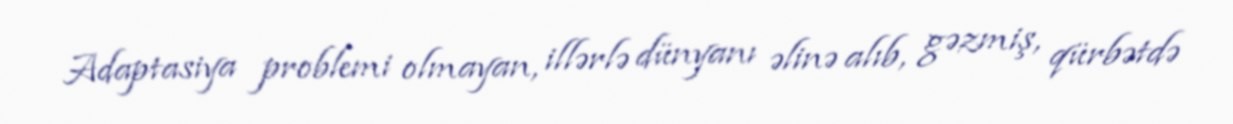
Adaptasiya problemi olmayan, illərlə dünyanı əlinə alıb, gəzmiş, qürbətdə